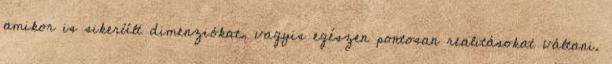
amikor is sikerült dimenziókat, vagyis egészen pontosan realitásokat váltani.